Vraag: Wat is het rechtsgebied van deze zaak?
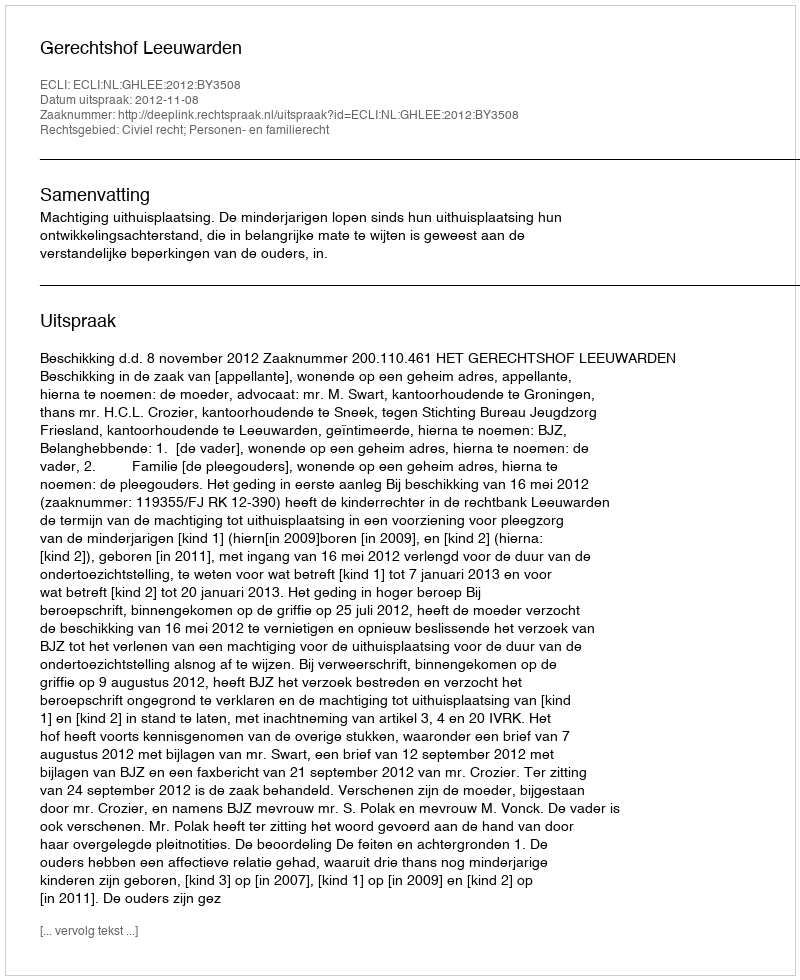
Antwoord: Civiel recht; Personen- en familierecht